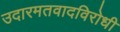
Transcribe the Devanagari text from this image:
उदारमतवादविरोधी